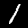
Digit: 1